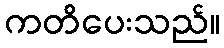
ကတိပေးသည်။